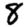
Digit: 8